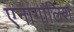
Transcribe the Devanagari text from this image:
एनागालिश